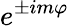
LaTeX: e^{\pm im\varphi}